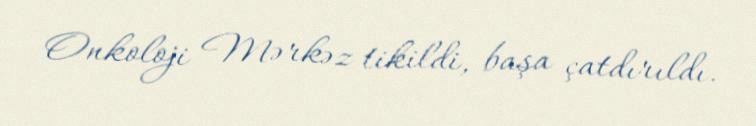
Onkoloji Mərkəz tikildi, başa çatdırıldı.